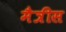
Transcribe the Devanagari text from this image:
मैत्रीस